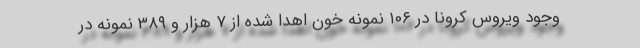
وجود ویروس کرونا در ۱۰۶ نمونه خون اهدا شده از ۷ هزار و ۳۸۹ نمونه در